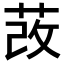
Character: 𦰦